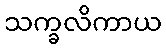
သက္ခလိကာယ